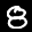
Label: 8